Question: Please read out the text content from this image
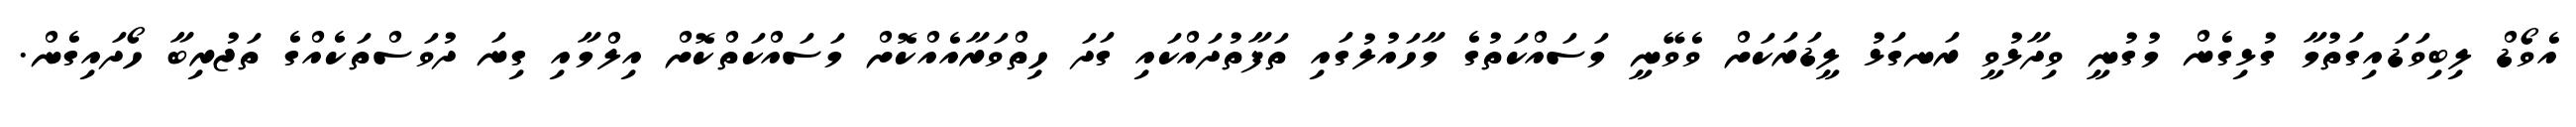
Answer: އެވޯޑް ލިބިވަޑައިގަތުމާ ގުޅިގެން މުގުނީ ވިދާޅުވީ ރަނގަޅު ލީޑަރަކަށް ވެވޭނީ މަސައްކަތުގެ މާހައުލުގައި ތަފާތުދައްކައި ގަދަ ހިތްވަރާއެއްކޮށް މަސައްކަތްކޮށް އިލްމާއި ގިނަ ދުވަސްތަކެއްގެ ތަޖުރިބާ ހޯދައިގެން.